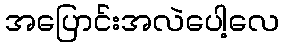
အပြောင်းအလဲပေါ့လေ